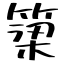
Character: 𥱋